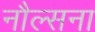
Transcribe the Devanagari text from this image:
नौल्सना